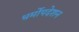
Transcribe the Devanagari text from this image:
धर्मोपदेशन